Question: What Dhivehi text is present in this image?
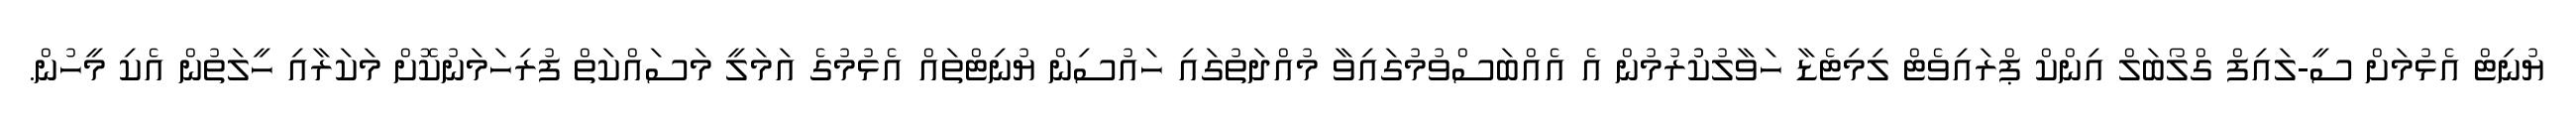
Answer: ޔުނިޓް އެޅުމަށް ސީ-ލައިފް ގްލޯބަލް އިންކް ޕްރައިވެޓް ލިމިޓެޑާ ހަވާލުކުުރުމުން އެ އެއްބަސްވުމުގައިވާ މުއްދަތުގައި ހައުސިން ޔުނިޓްތައް އެޅުމުގެ އަމަލީ މަސައްކަތް ފުރިހަމަނުކޮށް މަކަރާއި ހީލަތުން އެކި މީހުން.